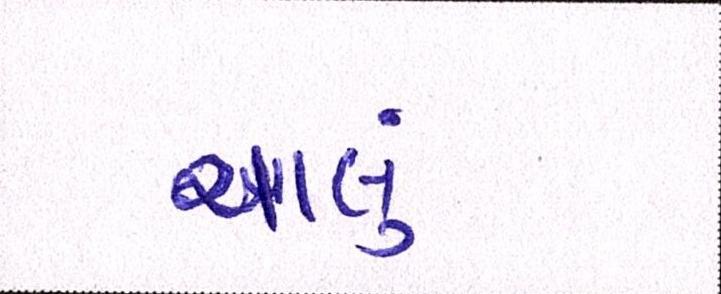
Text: ચાલું